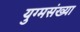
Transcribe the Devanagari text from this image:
युग्मसंख्या